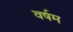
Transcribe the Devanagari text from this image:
वर्षम